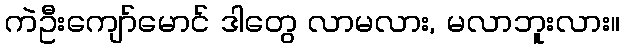
ကဲဦးကျော်မောင် ဒါတွေ လာမလား, မလာဘူးလား။